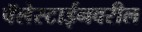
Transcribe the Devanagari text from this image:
पॅलेस्टाईनवरील